Vaccination in Bombay 1869-1873 - 1869-1873
Year: 1869
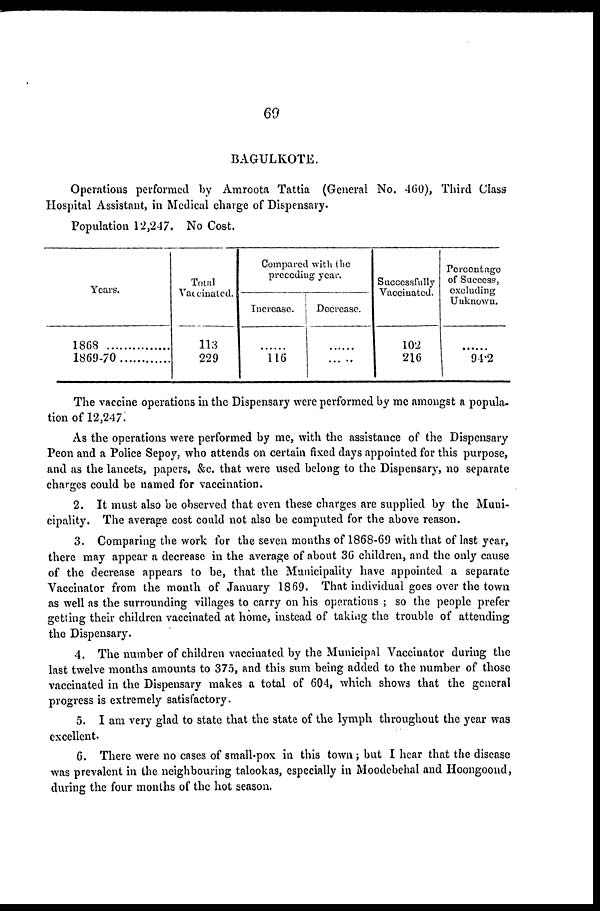
69
BAGULKOTE.
Operations performed by Amroota Tattia (General No. 460), Third Class
Hospital Assistant, in Medical charge of Dispensary.
Population 12,247. No Cost.
Years.
1868
1869-70
Total
Vaccinated.
113
229
Compared with the
preceding year.
Increase.
...........
116
Decrease.
...........
Successfully
Vaccinated.
102
216
Percentage
of Success,
excluding
Unknown.
...........
94.2
The vaccine operations in the Dispensary were performed by me amongst a popula-
tion of 12,247.
As the operations were performed by me, with the assistance of the Dispensary
Peon and a Police Sepoy, who attends on certain fixed days appointed for this purpose,
and as the lancets, papers, &c. that were used belong to the Dispensary, no separate
charges could be named for vaccination.
2. It must also be observed that even these charges are supplied by the Muni-
cipality. The average cost could not also be computed for the above reason.
3. Comparing the work for the seven months of 1868-69 with that of last year,
there may appear a decrease in the average of about 36 children, and the only cause
of the decrease appears to be, that the Municipality have appointed a separate
Vaccinator from the month of January 1869. That individual goes over the town
as well as the surrounding villages to carry on his operations ; so the people prefer
getting their children vaccinated at home, instead of taking the trouble of attending
the Dispensary.
4. The number of children vaccinated by the Municipal Vaccinator during the
last twelve months amounts to 375, and this sum being added to the number of those
vaccinated in the Dispensary makes a total of 604, which shows that the general
progress is extremely satisfactory.
5. I am very glad to state that the state of the lymph throughout the year was
excellent.
6. There were no cases of small-pox in this town; but I hear that the disease
was prevalent in the neighbouring talookas, especially in Moodebehal and Hoongoond,
during the four months of the hot season.